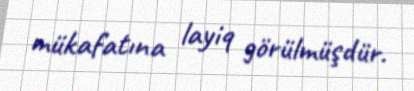
mükafatına layiq görülmüşdür.